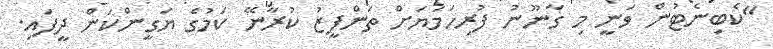
"ކެބިނެޓުން ވަނީ މި ގާނޫނު ފުރިހަމަޔަށް ތަންފީޒު ކުރާނޭ ކަމުގެ ޔަގީންކަން ދީފައި.